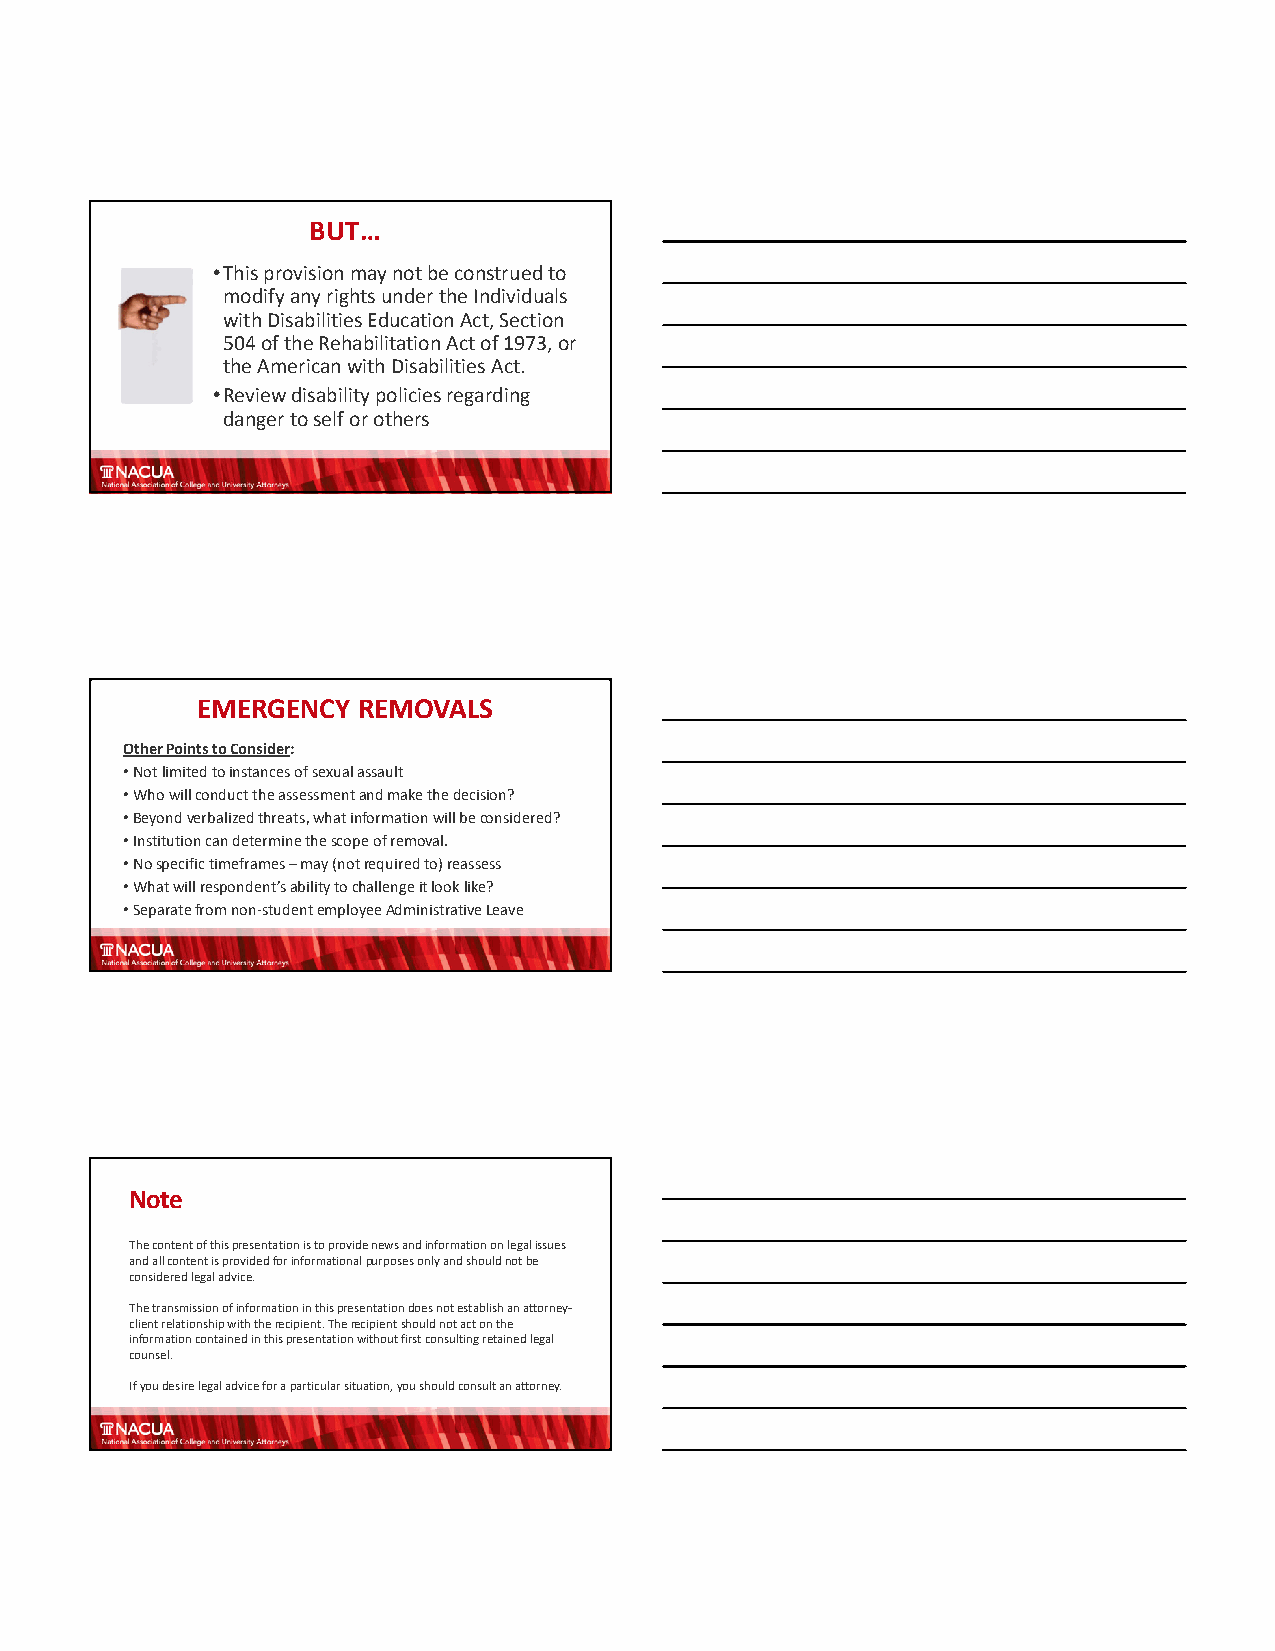
BUT…
 •This provision may not be construed to
 modify any rights under the Individuals
 with Disabilities Education Act, Section
 504 of the Rehabilitation Act of 1973, or
 the American with Disabilities Act.
 •Review disability policies regarding
 danger to self or others
 EMERGENCY  REMOVALS
 Other Points to Consider:
 •Not limited to instances of sexual assault
 •Who will conduct the assessment and make the decision?
 •Beyond verbalized threats, what information will be considered?
 •Institution can determine the scope of removal.
 •No specific timeframes –may (not required to) reassess
 •What will respondent’s ability to challenge it look like?
 •Separate from non‐student employee Administrative Leave
 Note
 The content of this presentation is to provide news and information on legal issues
 and all content is provided for informational purposes only and should not be
 considered legal advice.
 The transmission of information in this presentation does not establish an attorney‐
 client relationship with the recipient. The recipient should not act on the
 information contained in this presentation without first consulting retained legal
 counsel.
 If you desire legal advice for a particular situation, you should consult an attorney.